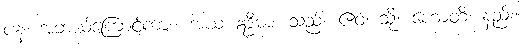
ပန၊ အဘယ်ကြောင့်ကား။ အယံ ဣဒ္ဓိမာ၊ သည်။ ဧဝံ၊ သို့။ ဟောတိ၊ နည်း။